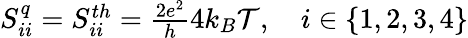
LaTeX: \begin{array}{r}{{S_{ii}^{q}=S_{ii}^{th}=\frac{2e^{2}}{h}4k_{B}\mathcal{T}},\quad i\in\{ 1,2,3,4\} }\end{array}